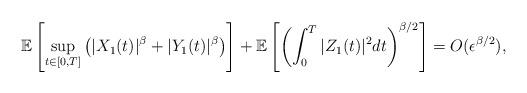
LaTeX: \begin{align*}\mathbb{E}\left[ \sup\limits_{t\in\lbrack0,T]}\left( |X_{1}(t)|^{\beta}+|Y_{1}(t)|^{\beta}\right) \right] +\mathbb{E}\left[ \left( \int_{0}^{T}|Z_{1}(t)|^{2}dt\right) ^{\beta/2}\right] =O(\epsilon^{\beta/2}),\end{align*}